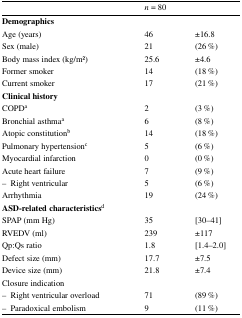
<table><thead><tr><td></td><td colspan="2"><b><i>n</i> = 80</b></td></tr></thead><tbody><tr><td colspan="3"><b>Demographics</b></td></tr><tr><td>Age (years)</td><td>46</td><td>±16.8</td></tr><tr><td>Sex (male)</td><td>21</td><td>(26 %)</td></tr><tr><td>Body mass index (kg/m2)</td><td>25.6</td><td>±4.6</td></tr><tr><td>Former smoker</td><td>14</td><td>(18 %)</td></tr><tr><td>Current smoker</td><td>17</td><td>(21 %)</td></tr><tr><td colspan="3"><b>Clinical history</b></td></tr><tr><td>COPD<sup>a</sup></td><td>2</td><td>(3 %)</td></tr><tr><td>Bronchial asthma<sup>a</sup></td><td>6</td><td>(8 %)</td></tr><tr><td>Atopic constitution<sup>b</sup></td><td>14</td><td>(18 %)</td></tr><tr><td>Pulmonary hypertension<sup>c</sup></td><td>5</td><td>(6 %)</td></tr><tr><td>Myocardial infarction</td><td>0</td><td>(0 %)</td></tr><tr><td>Acute heart failure</td><td>7</td><td>(9 %)</td></tr><tr><td>– Right ventricular</td><td>5</td><td>(6 %)</td></tr><tr><td>Arrhythmia</td><td>19</td><td>(24 %)</td></tr><tr><td colspan="3"><b>ASD-related characteristics</b><sup>d</sup></td></tr><tr><td>SPAP (mm Hg)</td><td>35</td><td>[30–41]</td></tr><tr><td>RVEDV (ml)</td><td>239</td><td>±117</td></tr><tr><td>Qp:Qs ratio</td><td>1.8</td><td>[1.4–2.0]</td></tr><tr><td>Defect size (mm)</td><td>17.7</td><td>±7.5</td></tr><tr><td>Device size (mm)</td><td>21.8</td><td>±7.4</td></tr><tr><td colspan="3">Closure indication</td></tr><tr><td>– Right ventricular overload</td><td>71</td><td>(89 %)</td></tr><tr><td>– Paradoxical embolism</td><td>9</td><td>(11 %)</td></tr></tbody></table>